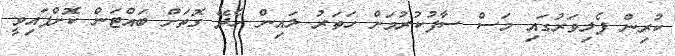
ކުރިން ފެލިވަރުގައި މަސް ސާފުކުރުމަށް ހަތަރު ލައިން ހެދޭ ގޮތަށް ބައްޓަން ކޮށްފައިވީ